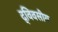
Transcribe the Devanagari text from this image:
द्विवसीय